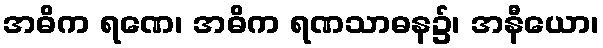
အဓိက ရဏေ၊ အဓိက ရဏသာဓန၌၊ အနီယော၊